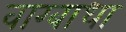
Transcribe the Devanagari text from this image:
वाग्बाधा